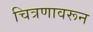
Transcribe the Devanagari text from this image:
चित्रणावरून